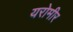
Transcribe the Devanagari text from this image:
यरोमीर